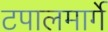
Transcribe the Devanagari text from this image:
टपालमार्गे